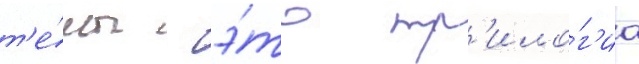
т'е́мы - э́то тр'ило́г'иа